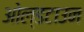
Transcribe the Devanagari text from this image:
ओल्डटाउन